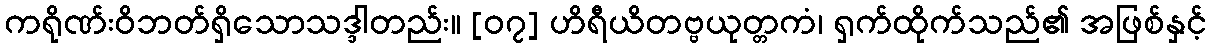
ကရိုဏ်းဝိဘတ်ရှိသောသဒ္ဒါတည်း။ [၀၇] ဟိရီယိတဗ္ဗယုတ္တကံ၊ ရှက်ထိုက်သည်၏ အဖြစ်နှင့်